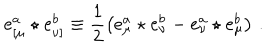
e _ { \left[ \mu \right. } ^ { a } \star e _ { \left. \nu \right] } ^ { b } \equiv \frac 1 2 \left( e _ { \mu } ^ { a } \star e _ { \nu } ^ { b } - e _ { \nu } ^ { a } \star e _ { \mu } ^ { b } \right) \, .